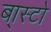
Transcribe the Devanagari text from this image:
बा्स्टो